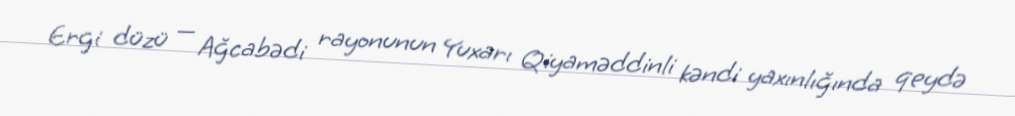
Ergi düzü — Ağcabədi rayonunun Yuxarı Qiyaməddinli kəndi yaxınlığında qeydə